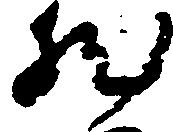
然